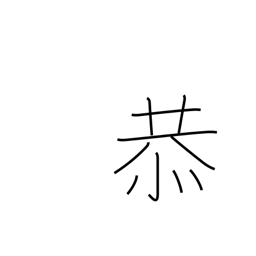
Meaning: reverent